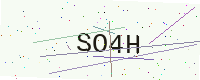
Text: SO4H